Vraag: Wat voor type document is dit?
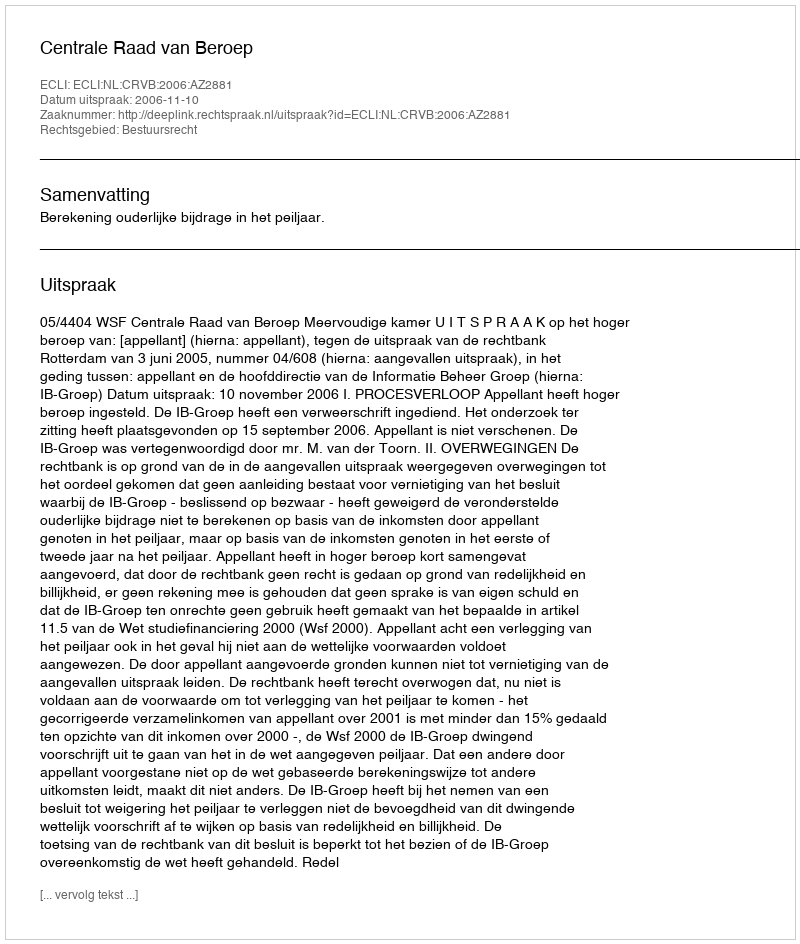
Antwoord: Uitspraak